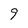
Character: 9